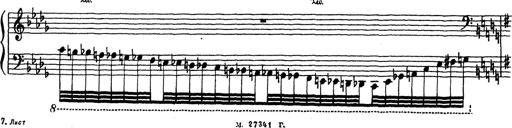
Title: Grosses Konzertsolo
Composer: Franz Liszt